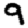
Digit: 9